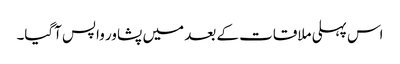
اس پہلی ملاقات کے بعد میں پشاور واپس آگیا۔